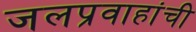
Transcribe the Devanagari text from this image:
जलप्रवाहांची